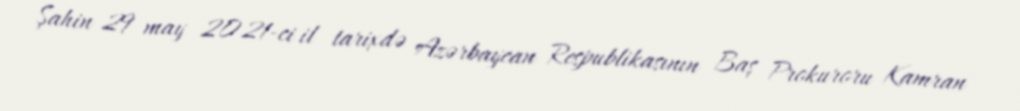
Şahin 29 may 2021-ci il tarixdə Azərbaycan Respublikasının Baş Prokuroru Kamran